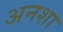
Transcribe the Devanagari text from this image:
अनशा